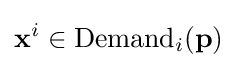
\mathbf {x} ^{i}\in {\text{Demand}}_{i}(\mathbf {p} )